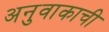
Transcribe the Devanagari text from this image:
अनुवाकाची